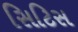
સિટિસ